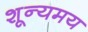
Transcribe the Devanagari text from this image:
शून्यमय